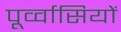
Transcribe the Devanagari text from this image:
पूर्व्वासियों